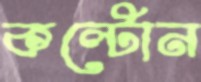
কল্টোন